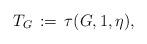
LaTeX: \begin{align*}T_G \,:= \,\tau(G,1,\eta), \end{align*}